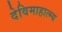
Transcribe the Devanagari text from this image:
देविमाहात्म्य